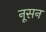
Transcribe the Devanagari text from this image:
नूसन